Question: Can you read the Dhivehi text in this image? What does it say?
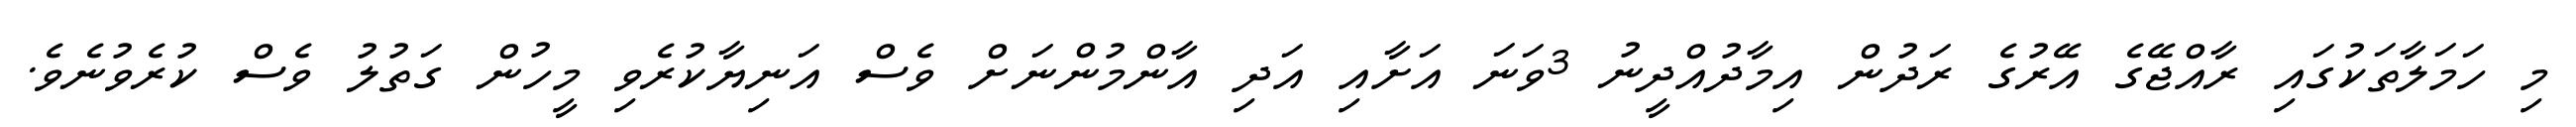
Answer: މި ހަމަލާތަކުގައި ރާއްޖޭގެ އޭރުގެ ރަދުން އިމާދުއްދީނު 3ވަނަ އަށާއި އަދި އާންމުންނަށް ވެސް އަނިޔާކުރެވި މީހުން ގަތުލު ވެސް ކުރެވުނެވެ.